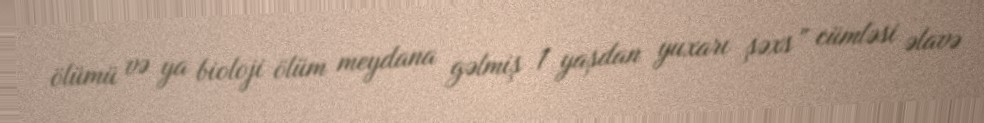
ölümü və ya bioloji ölüm meydana gəlmiş 1 yaşdan yuxarı şəxs” cümləsi əlavə